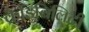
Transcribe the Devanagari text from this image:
क्रैडिबिलिटी